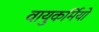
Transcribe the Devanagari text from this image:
वायुकर्मियों